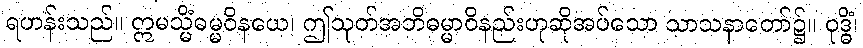
ရဟန်းသည်။ ဣမသ္မိံဓမ္မဝိနယေ၊ ဤသုတ်အဘိဓမ္မာဝိနည်းဟုဆိုအပ်သော သာသနာတော်၌။ ဝုဒ္ဓိံ၊